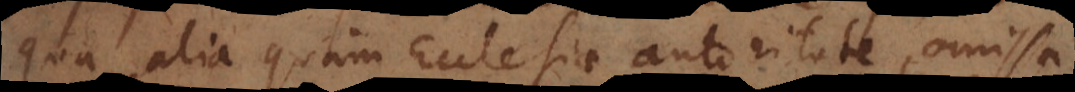
qua alia quam Ecclesiae autoritate, omissa